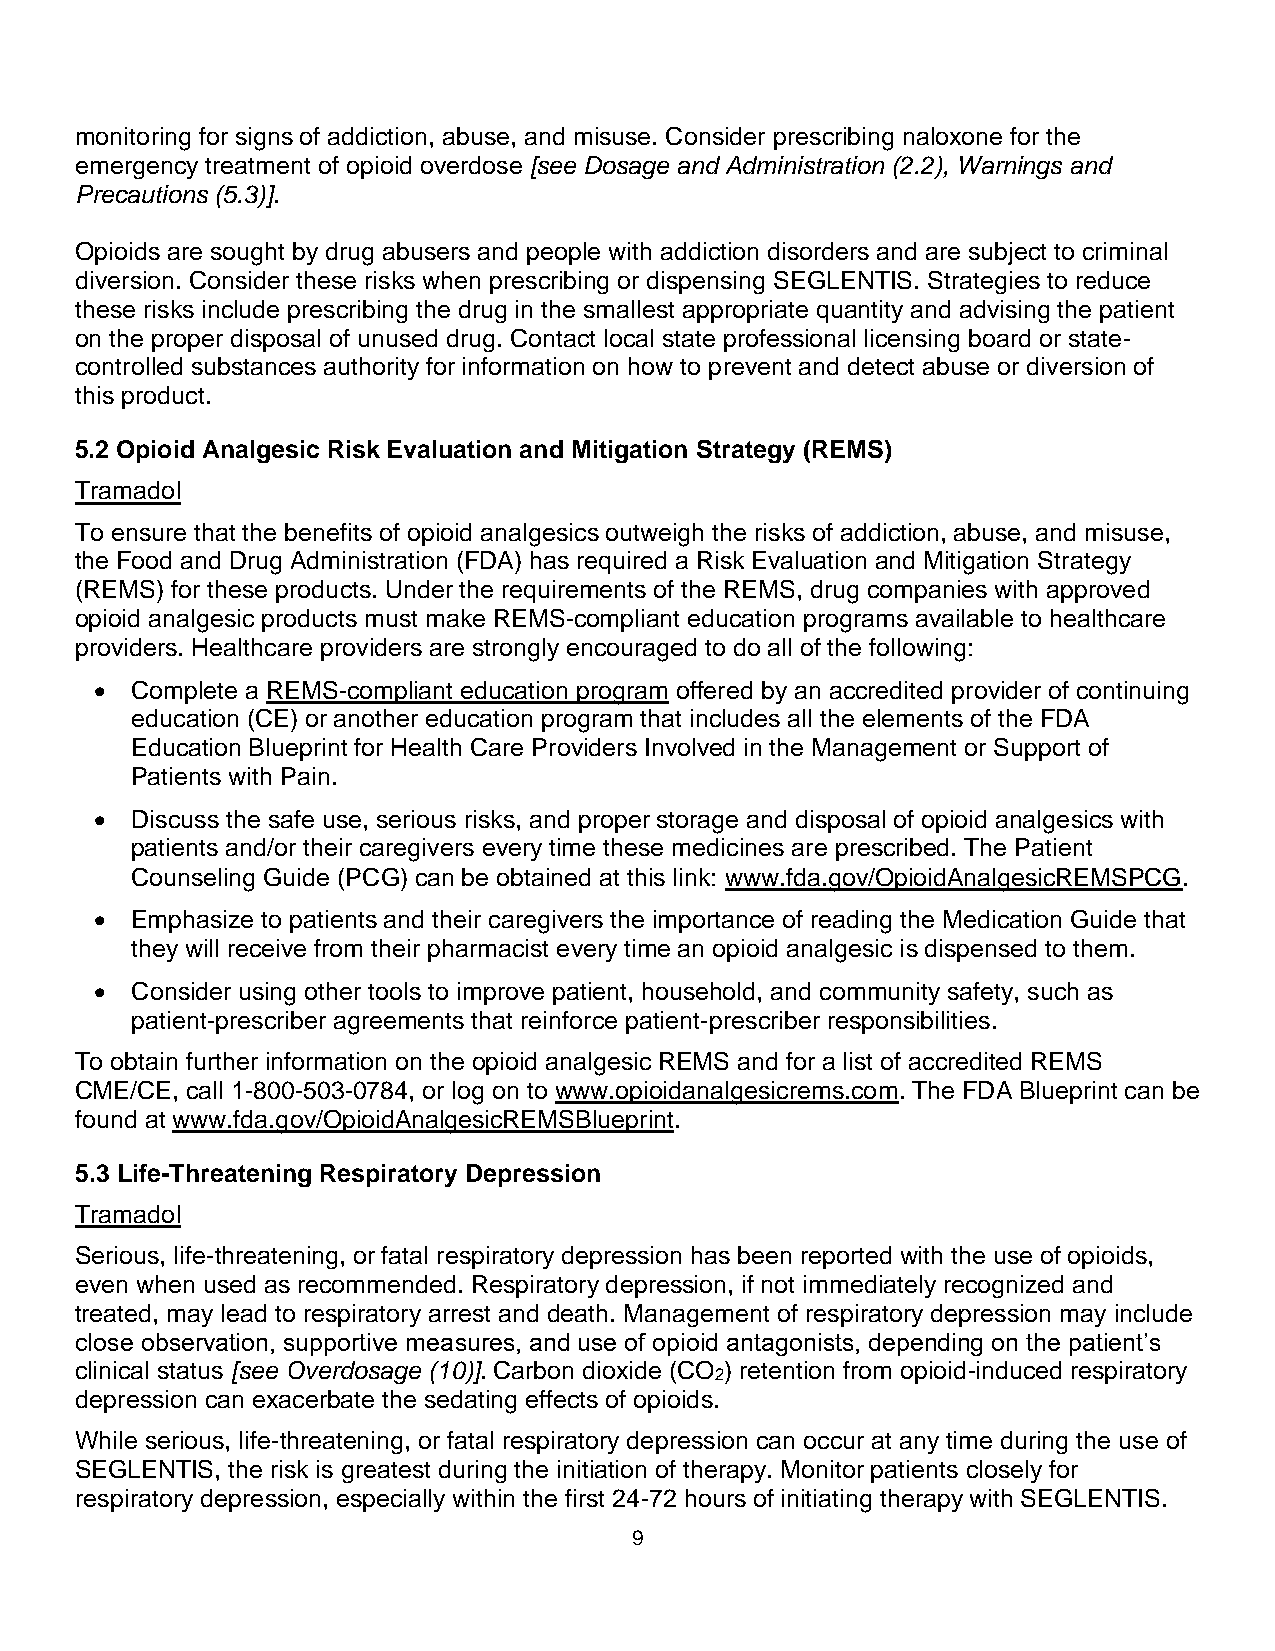
monitoring for signs of addiction, abuse, and misuse. Consider prescribing naloxone for the
 emergency treatment of opioid overdose [see Dosage and Administration (2.2), Warnings and
 Precautions (5.3)].
 Opioids are sought by drug abusers and people with addiction disorders and are subject to criminal
 diversion. Consider these risks when prescribing or dispensing SEGLENTIS. Strategies to reduce
 these risks include prescribing the drug in the smallest appropriate quantity and advising the patient
 on the proper disposal of unused drug. Contact local state professional licensing board or state-
 controlled substances authority for information on how to prevent and detect abuse or diversion of
 this product.
 5.2 Opioid Analgesic Risk Evaluation and Mitigation Strategy (REMS)
 Tramadol
 To ensure that the benefits of opioid analgesics outweigh the risks of addiction, abuse, and misuse,
 the Food and Drug Administration (FDA) has required a Risk Evaluation and Mitigation Strategy
 (REMS) for these products. Under the requirements of the REMS, drug companies with approved
 opioid analgesic products must make REMS-compliant education programs available to healthcare
 providers. Healthcare providers are strongly encouraged to do all of the following:
 •  Complete a REMS-compliant education program offered by an accredited provider of continuing
 education (CE) or another education program that includes all the elements of the FDA
 Education Blueprint for Health Care Providers Involved in the Management or Support of
 Patients with Pain.
 •  Discuss the safe use, serious risks, and proper storage and disposal of opioid analgesics with
 patients and/or their caregivers every time these medicines are prescribed. The Patient
 Counseling Guide (PCG) can be obtained at this link: www.fda.gov/OpioidAnalgesicREMSPCG.
 •  Emphasize to patients and their caregivers the importance of reading the Medication Guide that
 they will receive from their pharmacist every time an opioid analgesic is dispensed to them.
 •  Consider using other tools to improve patient, household, and community safety, such as
 patient-prescriber agreements that reinforce patient-prescriber responsibilities.
 To obtain further information on the opioid analgesic REMS and for a list of accredited REMS
 CME/CE, call 1-800-503-0784, or log on to www.opioidanalgesicrems.com. The FDA Blueprint can be
 found at www.fda.gov/OpioidAnalgesicREMSBlueprint.
 5.3 Life-Threatening Respiratory Depression
 Tramadol
 Serious, life-threatening, or fatal respiratory depression has been reported with the use of opioids,
 even when used as recommended. Respiratory depression, if not immediately recognized and
 treated, may lead to respiratory arrest and death. Management of respiratory depression may include
 close observation, supportive measures, and use of opioid antagonists, depending on the patient’s
 clinical status [see Overdosage (10)]. Carbon dioxide (CO ) retention from opioid-induced respiratory
 2
 depression can exacerbate the sedating effects of opioids.
 While serious, life-threatening, or fatal respiratory depression can occur at any time during the use of
 SEGLENTIS, the risk is greatest during the initiation of therapy. Monitor patients closely for
 respiratory depression, especially within the first 24-72 hours of initiating therapy with SEGLENTIS.
 9